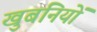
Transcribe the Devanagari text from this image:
खुबनियों